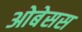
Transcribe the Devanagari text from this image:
ओबेसस